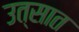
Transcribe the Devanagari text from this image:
उत्सात